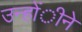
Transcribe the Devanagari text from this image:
उन्होंीने